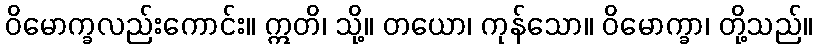
ဝိမောက္ခလည်းကောင်း။ ဣတိ၊ သို့။ တယော၊ ကုန်သော။ ဝိမောက္ခာ၊ တို့သည်။